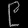
Digit: ၉